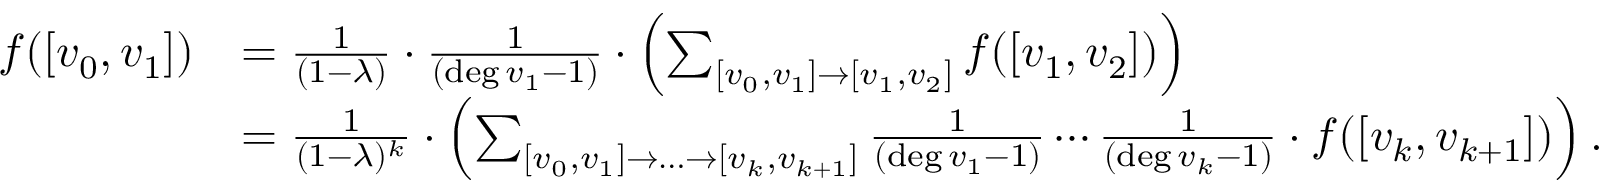
\begin{array} { r l } { f ( [ v _ { 0 } , v _ { 1 } ] ) } & { = \frac { 1 } { ( 1 - \lambda ) } \cdot \frac { 1 } { ( \deg v _ { 1 } - 1 ) } \cdot \left( \sum _ { [ v _ { 0 } , v _ { 1 } ] \rightarrow [ v _ { 1 } , v _ { 2 } ] } f ( [ v _ { 1 } , v _ { 2 } ] ) \right) } \\ & { = \frac { 1 } { ( 1 - \lambda ) ^ { k } } \cdot \left( \sum _ { [ v _ { 0 } , v _ { 1 } ] \rightarrow \ldots \rightarrow [ v _ { k } , v _ { k + 1 } ] } \frac { 1 } { ( \deg v _ { 1 } - 1 ) } \cdots \frac { 1 } { ( \deg v _ { k } - 1 ) } \cdot f ( [ v _ { k } , v _ { k + 1 } ] ) \right) . } \end{array}